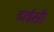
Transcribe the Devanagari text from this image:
ढाईसौ